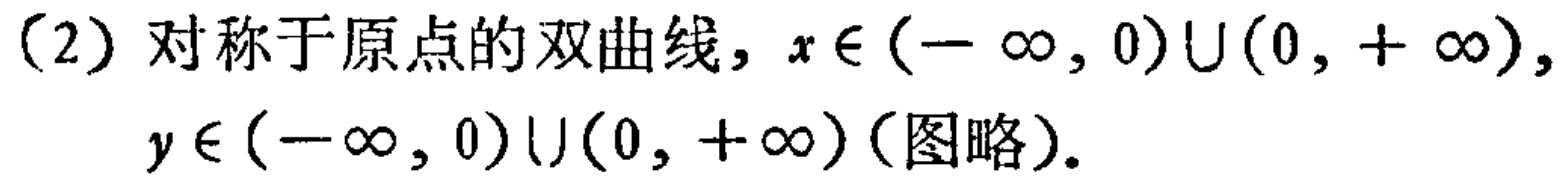
(2) 对称于原点的双曲线，\(x\in(-\infty,0)\cup(0,+\infty)\)，\(y\in(-\infty,0)\cup(0,+\infty)\)（图略）。